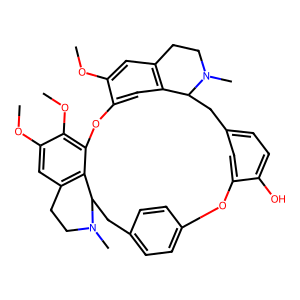
SMILES: COc1cc2c3cc1Oc1c(OC)c(OC)cc4c1C(Cc1ccc(cc1)Oc1cc(ccc1O)CC3N(C)CC2)N(C)CC4
Inhibits HIV replication: No